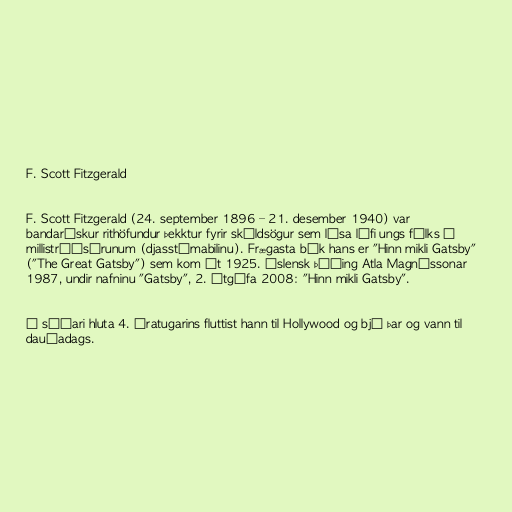
F. Scott Fitzgerald

F. Scott Fitzgerald (24. september 1896 – 21. desember 1940) var
bandarískur rithöfundur þekktur fyrir skáldsögur sem lýsa lífi ungs fólks á
millistríðsárunum (djasstímabilinu). Frægasta bók hans er "Hinn mikli Gatsby"
("The Great Gatsby") sem kom út 1925. Íslensk þýðing Atla Magnússonar
1987, undir nafninu "Gatsby", 2. útgáfa 2008: "Hinn mikli Gatsby".

Á síðari hluta 4. áratugarins fluttist hann til Hollywood og bjó þar og vann til
dauðadags.